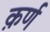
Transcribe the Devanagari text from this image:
क़र्ण